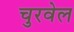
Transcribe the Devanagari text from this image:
चुरवेल